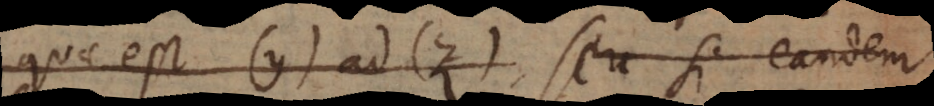
quae est (y) ad (z), seu si eandem